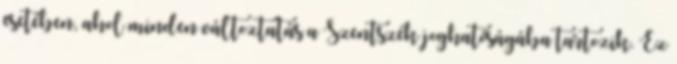
esetében, ahol minden változtatás a Szentszék joghatóságába tartozik. Ez